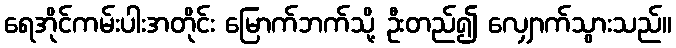
ရေအိုင်ကမ်းပါးအတိုင်း မြောက်ဘက်သို့ ဦးတည်၍ လျှောက်သွားသည်။